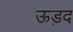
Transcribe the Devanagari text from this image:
ऊड़द